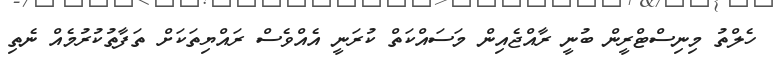
ހެލްތު މިނިސްޓްރީން ބުނީ ރާއްޖެއިން މަސައްކަތް ކުރަނީ އެއްވެސް ރައްޔިތަކަށް ތަފާތުކުރުމެއް ނެތި